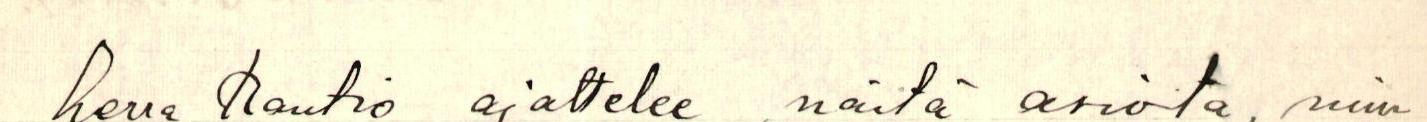
herra Rautio ajattelee , näitä asioita, niin